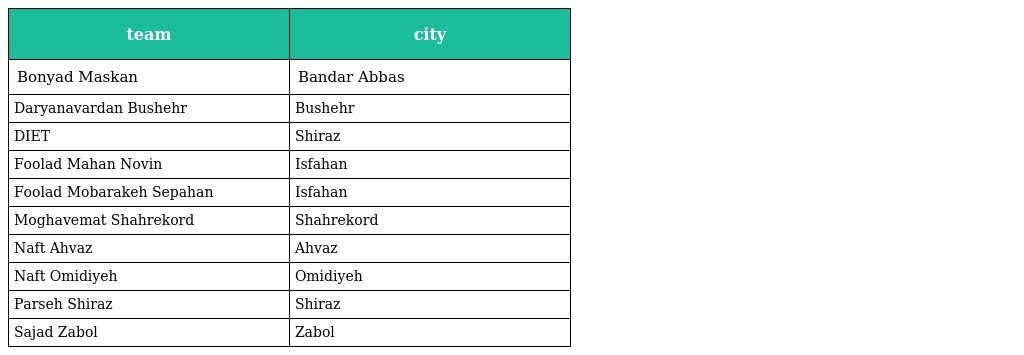
| team | city |
 | --- | --- |
 | Bonyad Maskan | Bandar Abbas |
 | Daryanavardan Bushehr | Bushehr |
 | DIET | Shiraz |
 | Foolad Mahan Novin | Isfahan |
 | Foolad Mobarakeh Sepahan | Isfahan |
 | Moghavemat Shahrekord | Shahrekord |
 | Naft Ahvaz | Ahvaz |
 | Naft Omidiyeh | Omidiyeh |
 | Parseh Shiraz | Shiraz |
 | Sajad Zabol | Zabol |